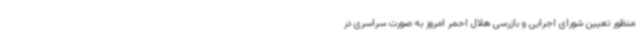
منظور تعیین شورای اجرایی و بازرسی هلال احمر امروز به صورت سراسری در